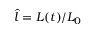
\hat { l } = L ( t ) / L _ { 0 }